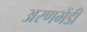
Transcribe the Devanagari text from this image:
अरणभेंडी